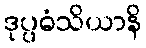
ဒုပ္ပဓံသိယာနိ